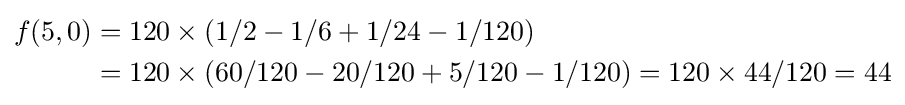
{\begin{aligned}f(5,0)&=120\times (1/2-1/6+1/24-1/120)\\&=120\times (60/120-20/120+5/120-1/120)=120\times 44/120=44\end{aligned}}